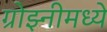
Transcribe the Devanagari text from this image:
ग्रोझ्नीमध्ये